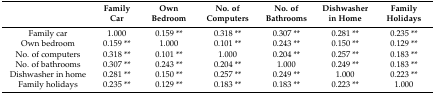
<table><thead><tr><td>[EMPTY_CELL]</td><td><b>Family Car</b></td><td><b>Own Bedroom</b></td><td><b>No. of Computers</b></td><td><b>No. of Bathrooms</b></td><td><b>Dishwasher in Home</b></td><td><b>Family Holidays</b></td></tr></thead><tbody><tr><td>Family car</td><td>1.000</td><td>0.159 **</td><td>0.318 **</td><td>0.307 **</td><td>0.281 **</td><td>0.235 **</td></tr><tr><td>Own bedroom</td><td>0.159 **</td><td>1.000</td><td>0.101 **</td><td>0.243 **</td><td>0.150 **</td><td>0.129 **</td></tr><tr><td>No. of computers</td><td>0.318 **</td><td>0.101 **</td><td>1.000</td><td>0.204 **</td><td>0.257 **</td><td>0.183 **</td></tr><tr><td>No. of bathrooms</td><td>0.307 **</td><td>0.243 **</td><td>0.204 **</td><td>1.000</td><td>0.249 **</td><td>0.183 **</td></tr><tr><td>Dishwasher in home</td><td>0.281 **</td><td>0.150 **</td><td>0.257 **</td><td>0.249 **</td><td>1.000</td><td>0.223 **</td></tr><tr><td>Family holidays</td><td>0.235 **</td><td>0.129 **</td><td>0.183 **</td><td>0.183 **</td><td>0.223 **</td><td>1.000</td></tr></tbody></table>